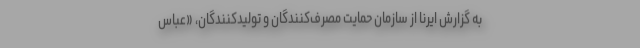
به گزارش ایرنا از سازمان حمایت مصرف‌کنندگان و تولیدکنندگان، «عباس